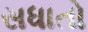
સધાતો